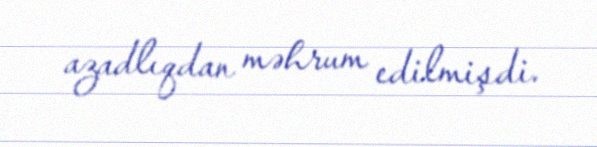
azadlıqdan məhrum edilmişdi.